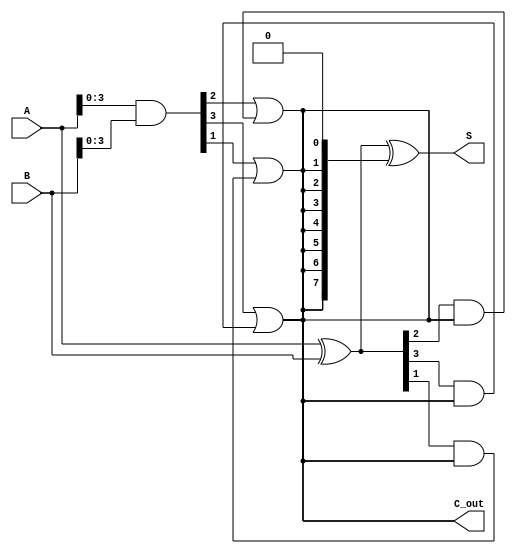
module brent_kung_adder #(parameter n = 8) (
    input  [n-1:0] A,
    input  [n-1:0] B,
    output [n-1:0] S,
    output         C_out
);

    // Generate and Propagate signals
    wire [n-1:0] G; // Generate
    wire [n-1:0] P; // Propagate
    wire [n:0] C;   // Carry signals

    assign G = A & B;          // Generate signals
    assign P = A ^ B;          // Propagate signals
    assign C[0] = 0;           // Initial carry-in is 0

    // Carry generation using Brent-Kung structure
    genvar i, j;
    
    // Stage 1
    for (i = 0; i < n/2; i = i + 1) begin
        assign C[2*i + 1] = G[i] | (P[i] & C[i]);
        assign C[2*i + 2] = G[i] | (P[i] & C[i]);
    end

    // Subsequent stages
    for (j = 1; j < n; j = j * 2) begin
        for (i = 0; i < n/(2*j); i = i + 1) begin
            assign C[2*i*j + j] = G[i] | (P[i] & C[i*j]);
            assign C[2*i*j + j + 1] = G[i] | (P[i] & C[i*j]);
        end
    end

    // Final carry-out
    assign C_out = C[n];

    // Sum calculation
    assign S = P ^ C[n-1:0]; // Sum bits

endmodule